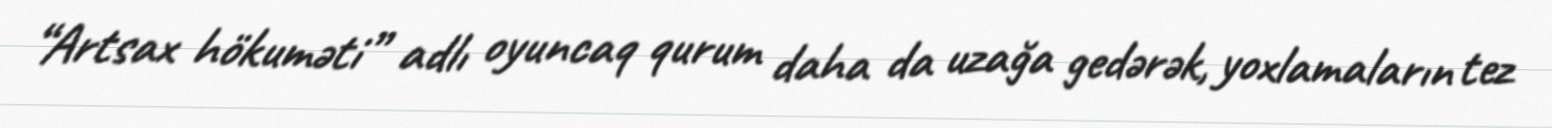
“Artsax hökuməti” adlı oyuncaq qurum daha da uzağa gedərək, yoxlamaların tez